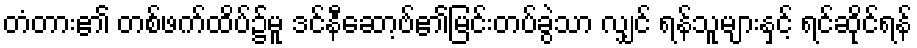
တံတား၏ တစ်ဖက်ထိပ်၌မူ ဒင်နီဆော့ဗ်၏မြင်းတပ်ခွဲသာ လျှင် ရန်သူများနှင့် ရင်ဆိုင်ရန်